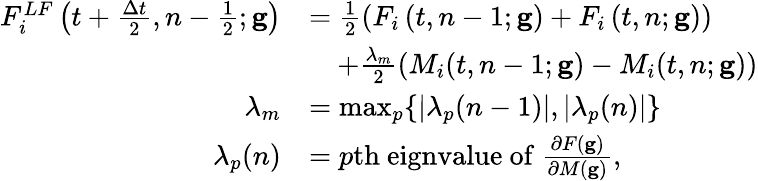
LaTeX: \begin{array}{rl}{F_{i}^{LF}\left(t+\frac{\Delta t}{2},n-\frac{1}{2};\mathbf{g}\right)}&{=\frac{1}{2}\left(F_{i}\left(t,n-1;\mathbf{g}\right)+F_{i}\left(t,n;\mathbf{g}\right)\right)}\\ &{\quad+\frac{\lambda_{m}}{2}\left(M_{i}(t,n-1;\mathbf{g})-M_{i}(t,n;\mathbf{g})\right)}\\ {\lambda_{m}}&{=\operatorname*{max}_{p}\{ |\lambda_{p}(n-1)|,|\lambda_{p}(n)|\} }\\ {\lambda_{p}(n)}&{=p\mathrm{th~eignvalue~of~}\frac{\partial F(\mathbf{g})}{\partial M(\mathbf{g})},}\end{array}